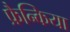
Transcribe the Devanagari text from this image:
फ्रैन्किया